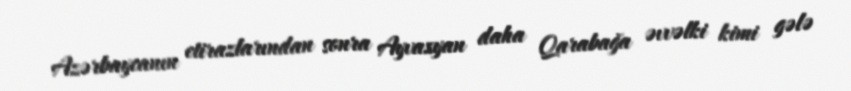
Azərbaycanın etirazlarından sonra Ayvazyan daha Qarabağa əvvəlki kimi gələ